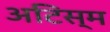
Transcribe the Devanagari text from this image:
अटिस्म